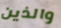
والذين